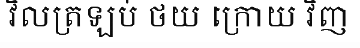
វិលត្រឡប់ ថយ ក្រោយ វិញ